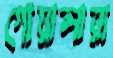
গোয়ালারা